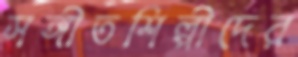
সঙ্গীতশিল্পীদের